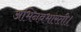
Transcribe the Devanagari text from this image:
अभिनवभारती।